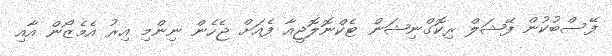
ފޭސްބުކުން ފޭޝަލް ރިކޮގްނިޝަން ޓެކްނޮލޮޖީއާ ފެއަށް ޖެހެން ނިންމި އިރު އެމެޒޯން އާއި